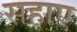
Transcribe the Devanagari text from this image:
सहाए